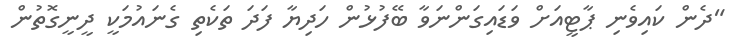
"ދެން ކައިވެނި ޕާޓީއަށް ވަޑައިގަންނަވާ ބޭފުޅުން ހަދިޔާ ފަދަ ތަކެތި ގެނައުމަކީ ދީނީގޮތުން